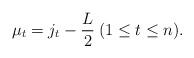
LaTeX: \begin{align*} \mu _t = j_t - \frac{L}{2} \medspace ( 1 \leq t \leq n ).\end{align*}